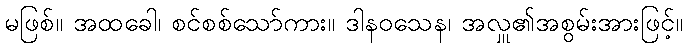
မဖြစ်။ အထခေါ၊ စင်စစ်သော်ကား။ ဒါနဝသေန၊ အလှူ၏အစွမ်းအားဖြင့်။